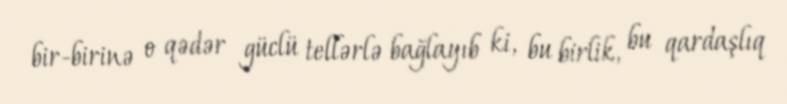
bir-birinə o qədər güclü tellərlə bağlayıb ki, bu birlik, bu qardaşlıq